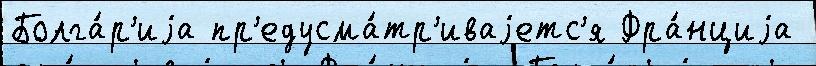
Болга́р'иjа пр'едусма́тр'иваjетс'я Фра́нциjа